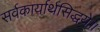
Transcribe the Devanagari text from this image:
सर्वकार्यार्थसिद्धये॥